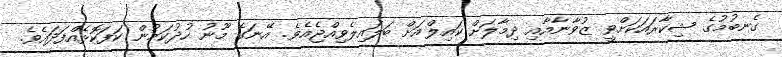
ގެނބުމުގެ ޝިކާރައަކަށްވީ ޒުވާނާއާއި ދިމާލަށް ކައިލްއަށް ބަލައިލެވިއްޖެއެވެ. އޭނަގެ މޫނު ހުދުކަމުން ކަފަކޮޅެއްފަދައެވެ.